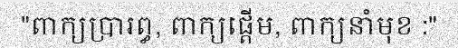
"ពាក្យប្រារព្ធ, ពាក្យផ្តើម, ពាក្យនាំមុខ :"